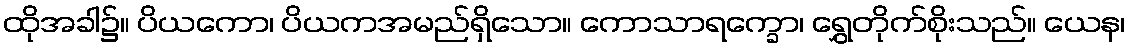
ထိုအခါ၌။ ပိယကော၊ ပိယကအမည်ရှိသော။ ကောသာရက္ခော၊ ရွှေတိုက်စိုးသည်။ ယေန၊